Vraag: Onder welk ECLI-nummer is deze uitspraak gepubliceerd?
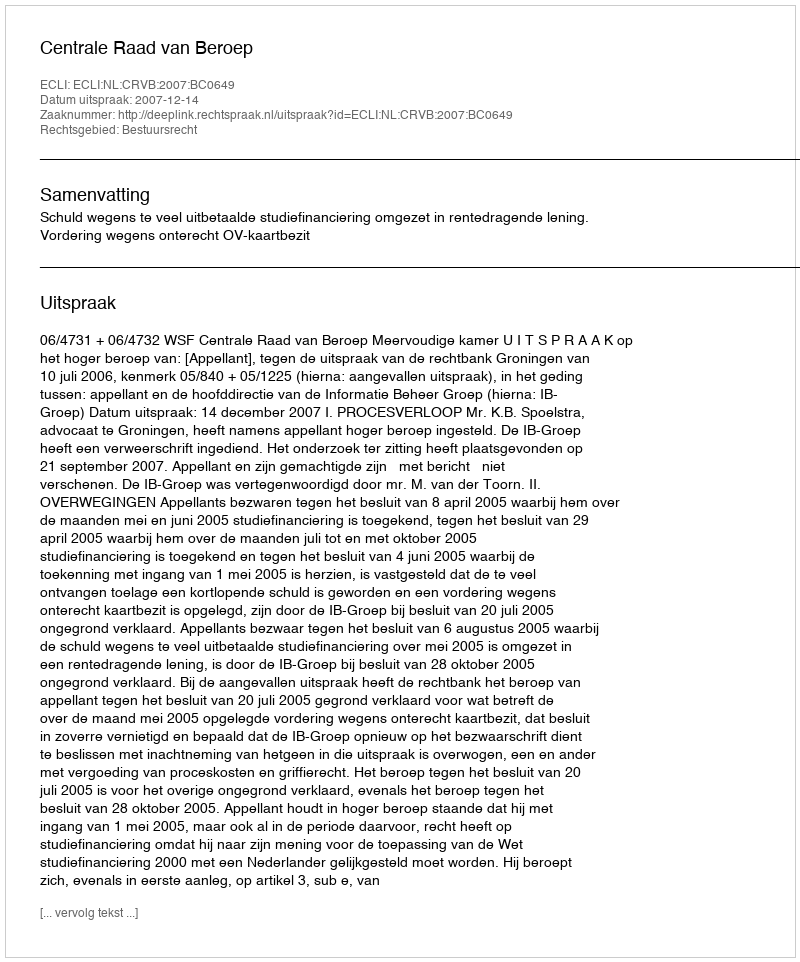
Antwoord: ECLI:NL:CRVB:2007:BC0649